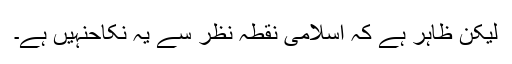
لیکن ظاہر ہے کہ اسلامی نقطہ نظر سے یہ نکاحنہیں ہے۔